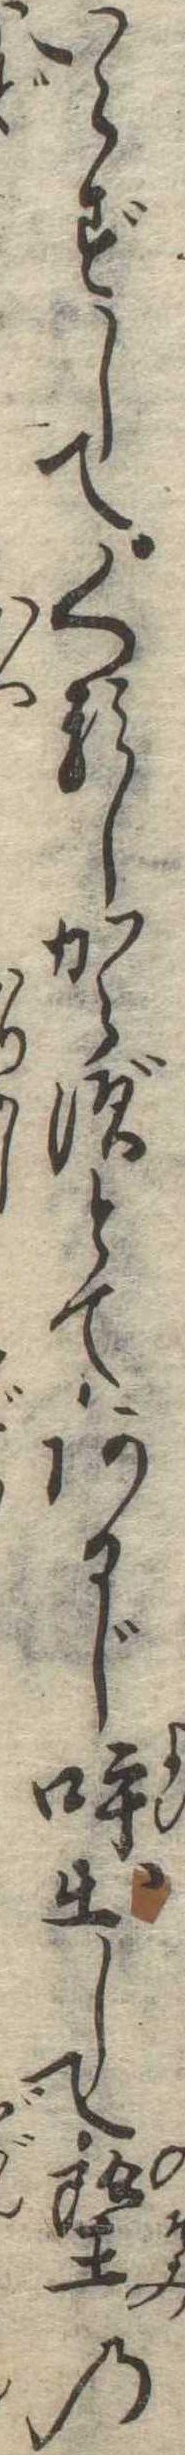
いらずしてくるしからずとてあるじ呼出して望の